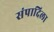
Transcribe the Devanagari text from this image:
संपादिला